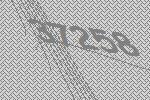
37258